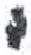
אות: י